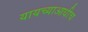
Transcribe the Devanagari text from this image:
यायच्याआधीच